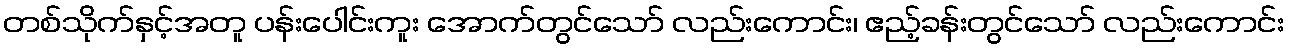
တစ်သိုက်နှင့်အတူ ပန်းပေါင်းကူး အောက်တွင်သော် လည်းကောင်း၊ ဧည့်ခန်းတွင်သော် လည်းကောင်း